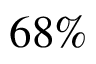
6 8 \%